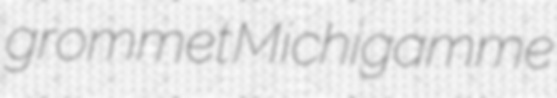
grommet Michigamme